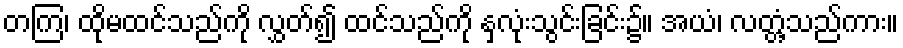
တကြ၊ ထိုမထင်သည်ကို လွှတ်၍ ထင်သည်ကို နှလုံးသွင်းခြင်း၌။ အယံ၊ လတ္တံ့သည်ကား။